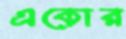
একোর